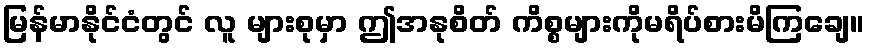
မြန်မာနိုင်ငံတွင် လူ များစုမှာ ဤအနုစိတ် ကိစ္စများကိုမရိပ်စားမိကြချေ။